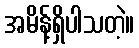
အမိန့်ရှိပါသတဲ့။